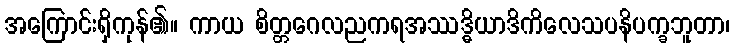
အကြောင်းရှိကုန်၏။ ကာယ စိတ္တဂေလညကရအဿဒ္ဓိယာဒိကိလေသပနိပက္ခဘူတာ၊